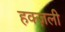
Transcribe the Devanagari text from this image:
हक्ज़ली